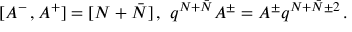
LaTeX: [ A ^ { - } \, , A ^ { + } ] = [ N + \bar { N } ] \, , \, \, q ^ { N + \bar { N } } A ^ { \pm } = A ^ { \pm } q ^ { N + \bar { N } \pm 2 } \, .